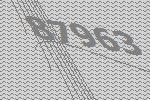
87963